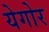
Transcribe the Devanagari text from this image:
येगोर